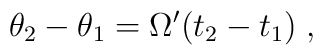
\theta _2 -\theta _1 =\Omega ^\prime (t_2 -t_1)\;,